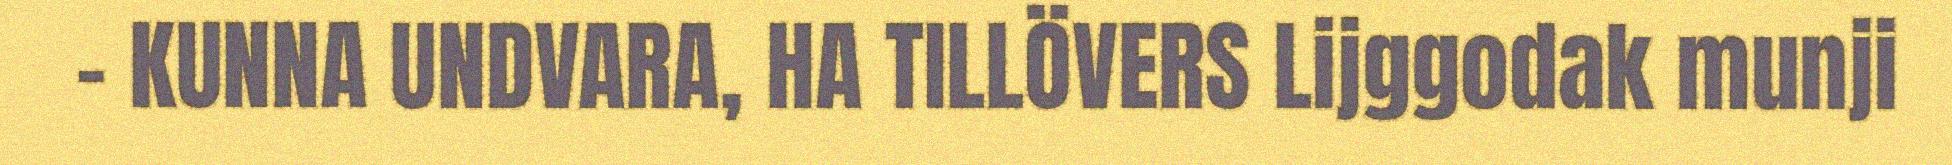
- KUNNA UNDVARA, HA TILLÖVERS Lijggodak munji